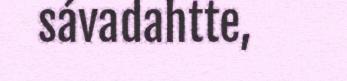
sávadahtte,